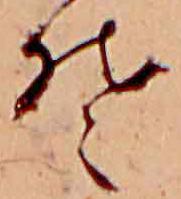
そ